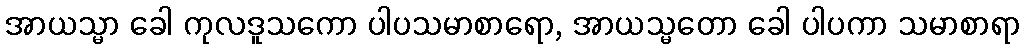
အာယသ္မာ ခေါ ကုလဒူသကော ပါပသမာစာရော, အာယသ္မတော ခေါ ပါပကာ သမာစာရာ